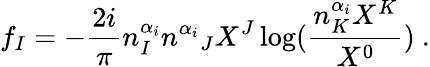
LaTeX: f_{I}=-\frac{2i}{\pi}n_{I}^{\alpha_{i}}{n^{\alpha_{i}}}_{J}X^{J}\log(\frac{n_{K}^{\alpha_{i}}X^{K}}{X^{0}})\ .